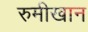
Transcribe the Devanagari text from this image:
रुमीखान